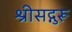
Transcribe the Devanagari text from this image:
श्रीसद्गुरू